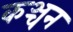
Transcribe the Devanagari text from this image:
कञ्चन